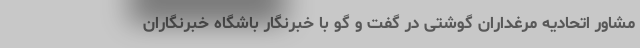
مشاور اتحادیه مرغداران گوشتی در گفت و گو با خبرنگار باشگاه خبرنگاران